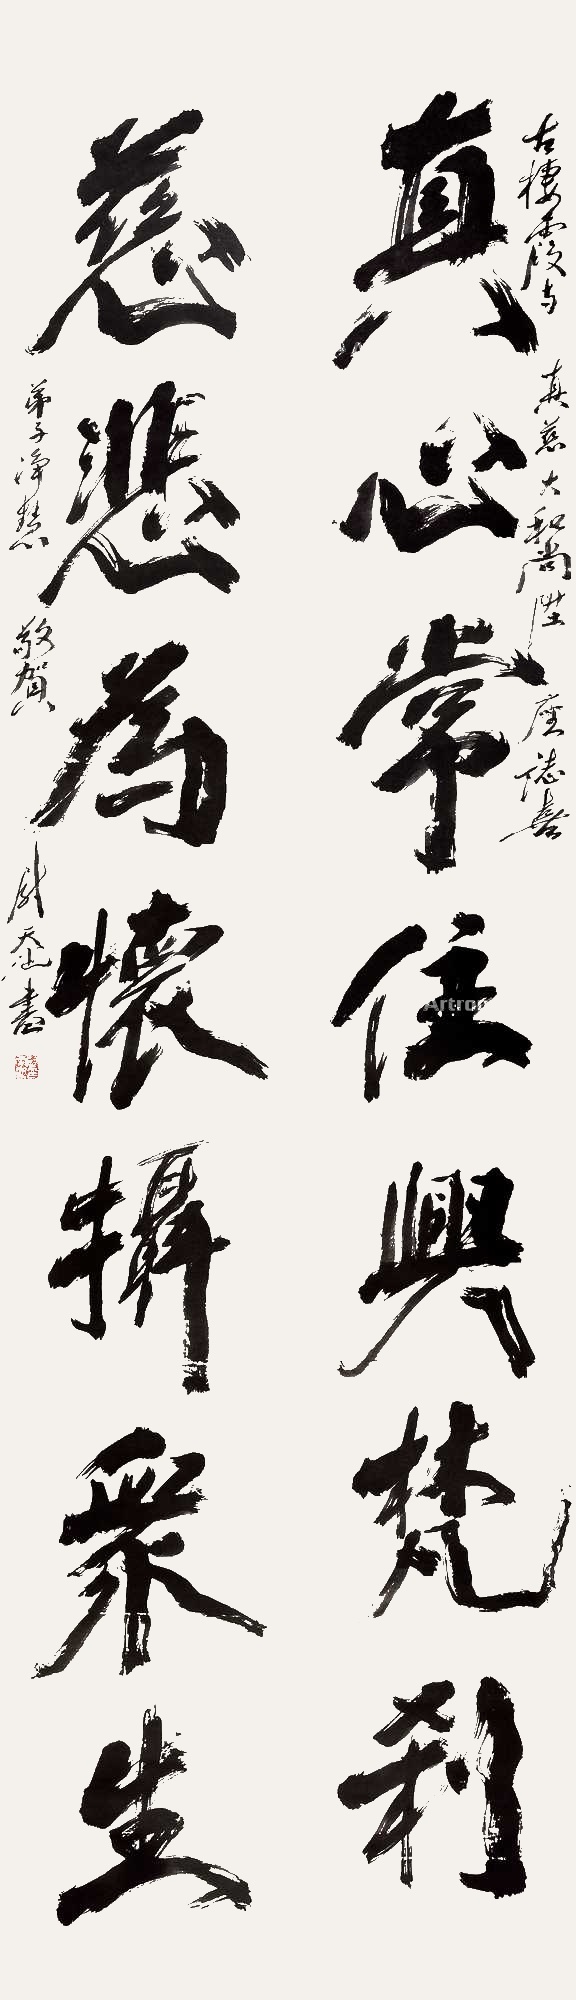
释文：真心常住兴梵刹，慈悲为怀摄众生。古栖霞寺真慈大和尚升坐志喜，弟子净慧敬贺，尉天池书。